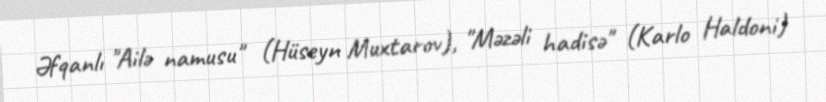
Əfqanlı "Ailə namusu" (Hüseyn Muxtarov), "Məzəli hadisə" (Karlo Haldoni)